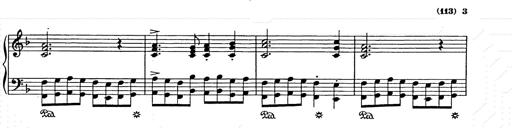
Title: Weihnachtsbaum
Composer: Franz Liszt